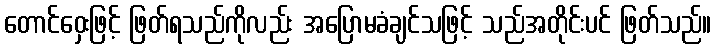
တောင်ဝှေးဖြင့် ဖြတ်ရသည်ကိုလည်း အပြောမခံချင်သဖြင့် သည်အတိုင်းပင် ဖြတ်သည်။